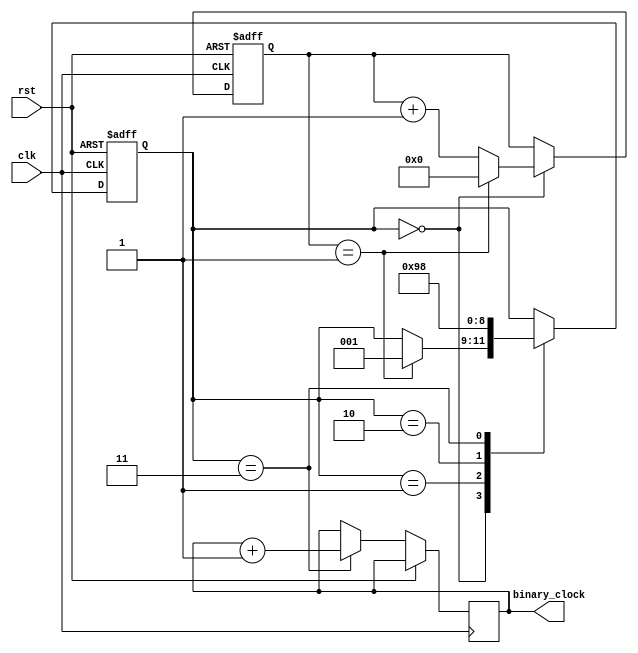
module clock_divider (
    input wire clk,
    input wire rst,
    output reg [7:0] binary_clock
);

reg [2:0] state;
reg [3:0] counter;

always @(posedge clk or posedge rst) begin
    if (rst) begin
        state <= 3'b000;
        counter <= 4'b0000;
    end else begin
        case(state)
            3'b000: begin
                counter <= counter + 1;
                if (counter == 4'b0001) begin
                    state <= 3'b001;
                    counter <= 4'b0000;
                end
            end
            3'b001: state <= 3'b010;
            3'b010: state <= 3'b011;
            3'b011: begin
                binary_clock <= binary_clock + 1;
                state <= 3'b000;
            end
        endcase
    end
end

endmodule